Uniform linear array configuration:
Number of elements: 32
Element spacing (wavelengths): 0.25
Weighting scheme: hann
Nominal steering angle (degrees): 30
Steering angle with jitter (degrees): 31.576
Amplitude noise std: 0.05
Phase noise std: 0.05

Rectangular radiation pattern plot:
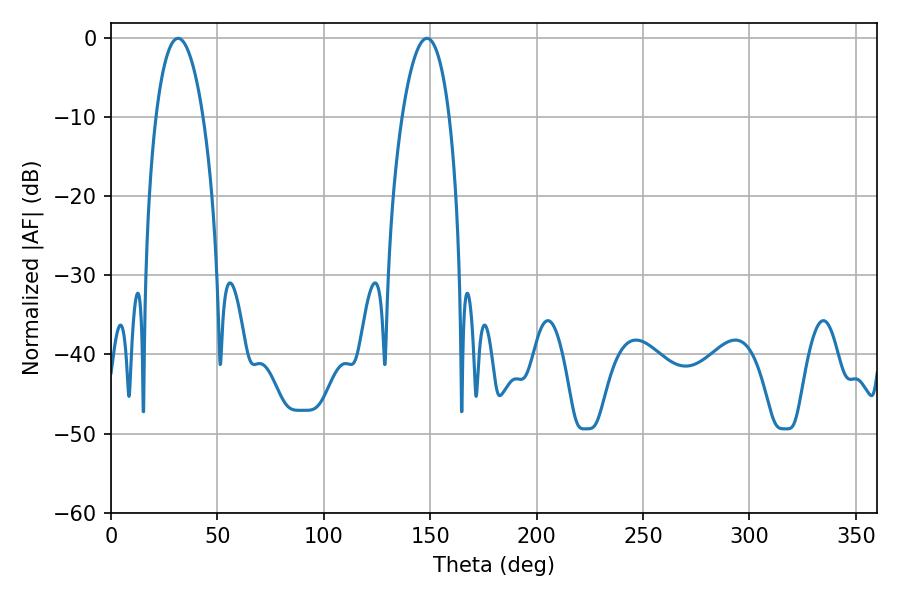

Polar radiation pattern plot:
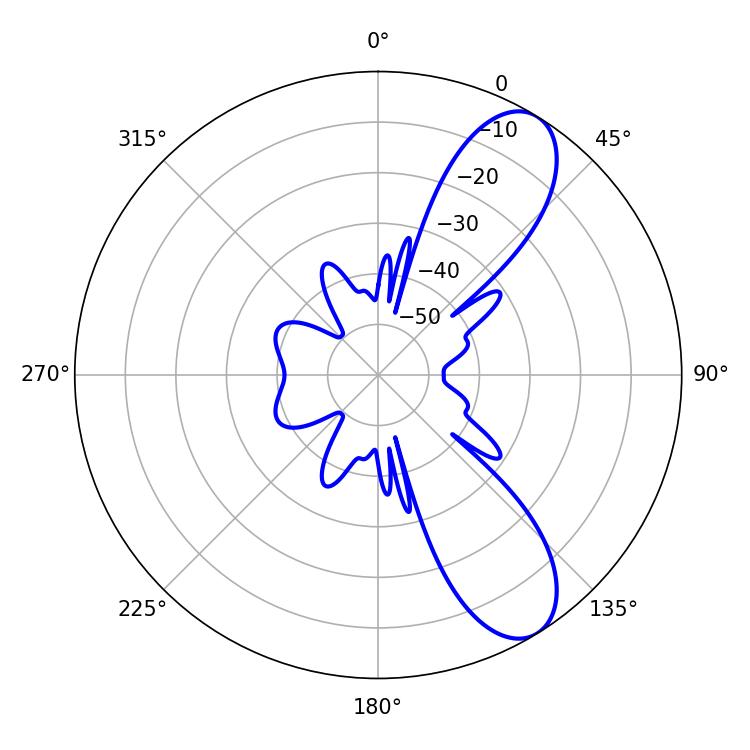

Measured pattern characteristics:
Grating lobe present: FALSE
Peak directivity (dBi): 9.175
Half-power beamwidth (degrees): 12.42
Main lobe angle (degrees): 31.5